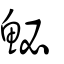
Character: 鮅